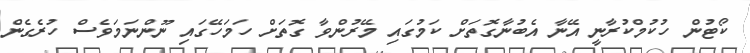
ކޯޓުން ހުކުމްކުރާނީ އޭނާ އެބުނާގޮތަށް ކަމުގައި މޭރުންވާ ގޮތަށް ހަމަހޭގައި ނޫންނަމަވެސް ހުރެގެން